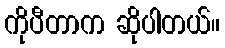
ကိုပီတာက ဆိုပါတယ်။